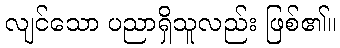
လျင်သော ပညာရှိသူလည်း ဖြစ်၏။